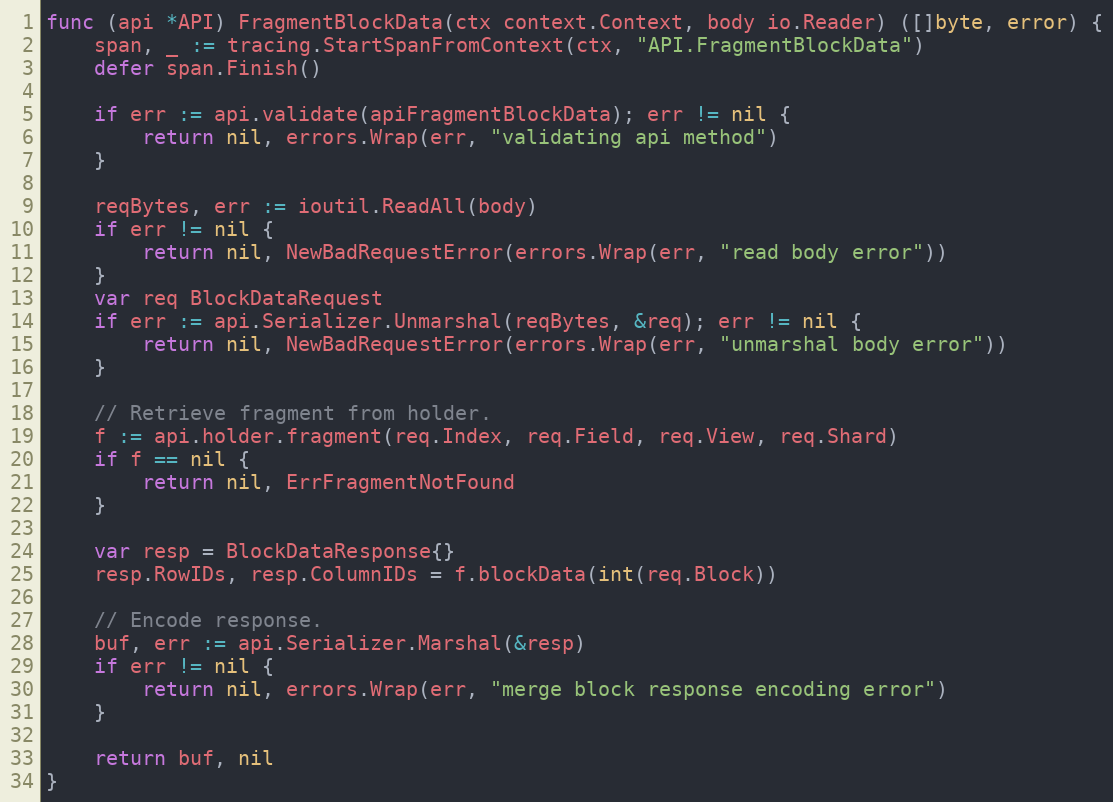
Language: Go
func (api *API) FragmentBlockData(ctx context.Context, body io.Reader) ([]byte, error) {
	span, _ := tracing.StartSpanFromContext(ctx, "API.FragmentBlockData")
	defer span.Finish()

	if err := api.validate(apiFragmentBlockData); err != nil {
		return nil, errors.Wrap(err, "validating api method")
	}

	reqBytes, err := ioutil.ReadAll(body)
	if err != nil {
		return nil, NewBadRequestError(errors.Wrap(err, "read body error"))
	}
	var req BlockDataRequest
	if err := api.Serializer.Unmarshal(reqBytes, &req); err != nil {
		return nil, NewBadRequestError(errors.Wrap(err, "unmarshal body error"))
	}

	// Retrieve fragment from holder.
	f := api.holder.fragment(req.Index, req.Field, req.View, req.Shard)
	if f == nil {
		return nil, ErrFragmentNotFound
	}

	var resp = BlockDataResponse{}
	resp.RowIDs, resp.ColumnIDs = f.blockData(int(req.Block))

	// Encode response.
	buf, err := api.Serializer.Marshal(&resp)
	if err != nil {
		return nil, errors.Wrap(err, "merge block response encoding error")
	}

	return buf, nil
}